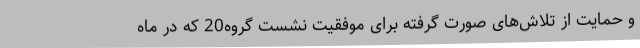
و حمایت از تلاش‌های صورت گرفته برای موفقیت نشست گروه20 که در ماه